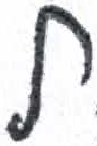
אות: ל